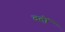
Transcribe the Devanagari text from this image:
वदों